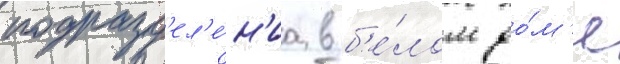
подразд'ел'е́н'иа в б'е́лом до́м'е